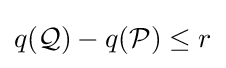
q({\mathcal {Q}})-q({\mathcal {P}})\leq r